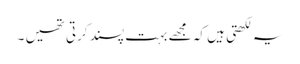
یہ لکھتی ہیں کہ مجھے بہت پسند کرتی تھیں ۔